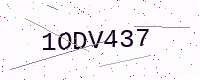
Text: 1ODV437